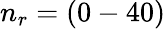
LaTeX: n_{r}=(0-40)